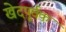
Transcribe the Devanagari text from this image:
खेदपूर्वक